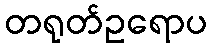
တရုတ်ဥရောပ